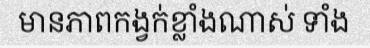
មានភាពកង្វក់ខ្លាំងណាស់ ទាំង